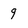
Character: 9